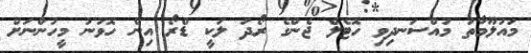
މައުލޫމާތު މުއްސަނދިވި ހޮޓެލް ޖެންގެ ރޯދަ ލަކީ ޑްރޯ އިން ހޮވުނު މީހުންނަށް